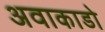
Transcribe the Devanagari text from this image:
अवाकाडो